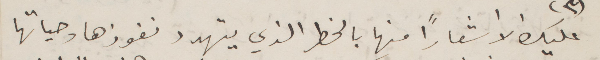
عليك الا شعارًأ منها بالخطر الذي يتهدد نفوذها وحياتها